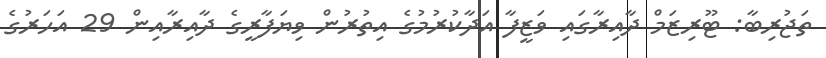
ތަޖުރިބާ: ޓޫރިޒަމް ދާއިރާގައި ވަޒީފާ އަދާކުރުމުގެ އިތުރުން ވިޔަފާރީގެ ދާއިރާއިން 29 އަހަރުގެ